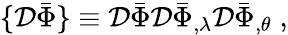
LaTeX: \{ {\cal D}\bar{\Phi}\} \equiv{\cal D}\bar{\Phi}{\cal D}\bar{\Phi}_{,\lambda}{\cal D}\bar{\Phi}_{,\theta}\; ,